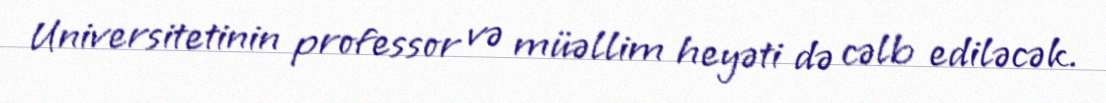
Universitetinin professor və müəllim heyəti də cəlb ediləcək.